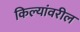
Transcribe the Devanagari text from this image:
किल्यांवरील